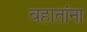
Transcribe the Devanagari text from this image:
वहातांना